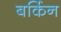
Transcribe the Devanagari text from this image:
बर्किन